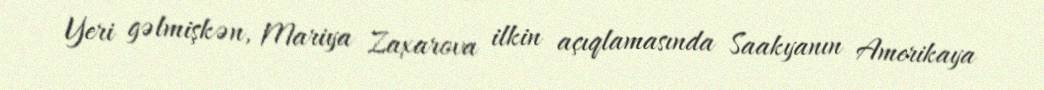
Yeri gəlmişkən, Mariya Zaxarova ilkin açıqlamasında Saakyanın Amerikaya